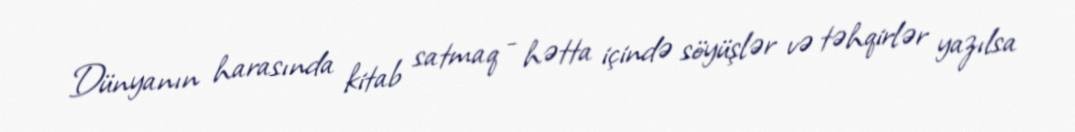
Dünyanın harasında kitab satmaq - hətta içində söyüşlər və təhqirlər yazılsa